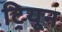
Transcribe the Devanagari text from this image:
ट्रियून